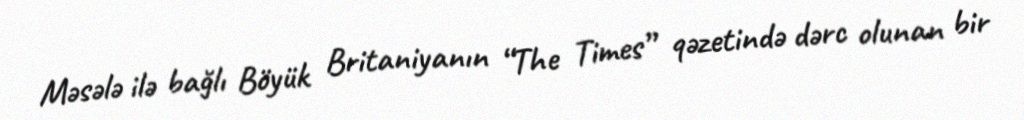
Məsələ ilə bağlı Böyük Britaniyanın “The Times” qəzetində dərc olunan bir